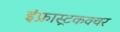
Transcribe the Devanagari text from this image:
इंफ्रास्ट्रकक्चर